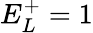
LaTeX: E_{L}^{+}=1